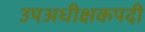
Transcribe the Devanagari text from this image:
उपअधीक्षकपदी